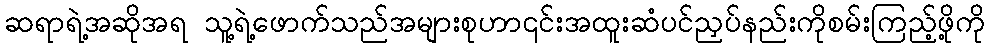
ဆရာရဲ့အဆိုအရ သူ့ရဲ့ဖောက်သည်အများစုဟာ၎င်းအထူးဆံပင်ညှပ်နည်းကိုစမ်းကြည့်ဖို့ကို